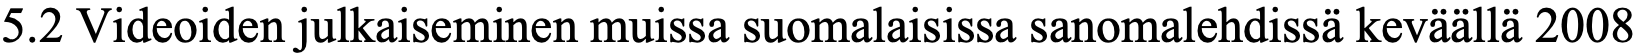
5.2 Videoiden julkaiseminen muissa suomalaisissa sanomalehdissä keväällä 2008